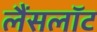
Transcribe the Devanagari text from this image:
लैंसलॉट